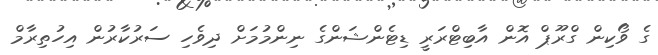
ގެ ވޯކިން ގްރޫޕް އޮން އާބިޓްރަރީ ޑިޓެންޝަންގެ ނިންމުމަށް ދިވެހި ސަރުކާރުން އިހުތިރާމް